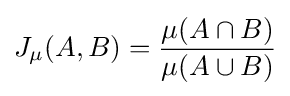
J_{\mu }(A,B)={\frac {\mu (A\cap B)}{\mu (A\cup B)}}